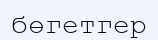
бөгетгер